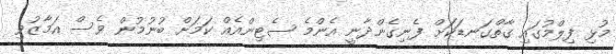
މުޅި ފިލްމުގައި ގާތްގަނޑަކަށް ފެނިގެންދާނީ އެންމެ ސެޓިިންއެއް ކަމަށް ބުނުމުން ވެސް އަމާޒުވި